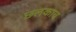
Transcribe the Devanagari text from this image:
छ्लकाव